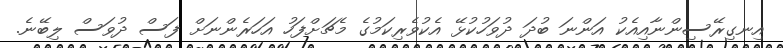
އިނގިރޭސިންނާއިއެކު އަންނަ ބުދަ ދުވަހުކުޅޭ އެކުވެރިކަމުގެ މެޗަށްފަހު އަހަރެންނަށް ފަސް ދުވަސް ލިބޭނެ.